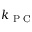
k _ { \textrm { P C } }